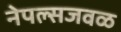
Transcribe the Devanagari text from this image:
नेपल्सजवळ